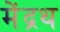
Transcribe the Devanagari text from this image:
मेंद्रथ